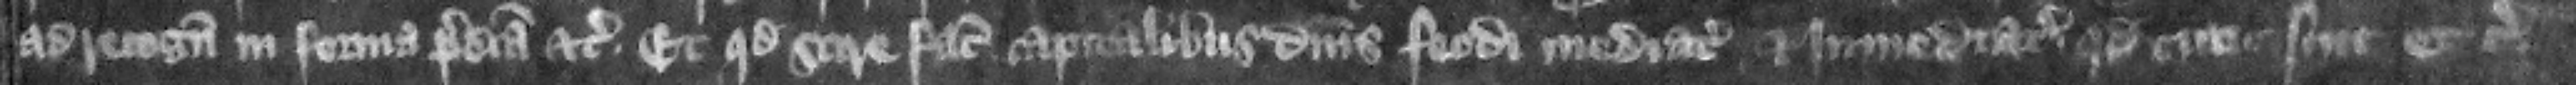
ad recognoscendum in forma predicta etc. et quod scire faciat capitalibus dominis feodi mediatis et immediatis quod tunc sint etc.